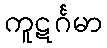
ကူဋင်္ဂမာ